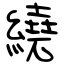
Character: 繞